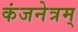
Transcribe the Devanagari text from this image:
कंजनेत्रम्‌